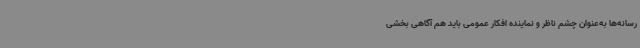
رسانه‌ها به‌عنوان چشم ناظر و نماینده افکار عمومی باید هم آگاهی بخشی